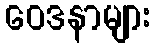
ဝေဒနာများ